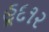
હૂદ૧૨